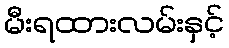
မီးရထားလမ်းနှင့်